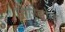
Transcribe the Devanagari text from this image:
सिरिसोमा